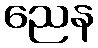
ညေန